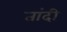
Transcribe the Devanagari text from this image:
तांदी